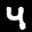
Label: 4